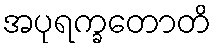
အပုရက္ခတောတိ